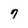
Character: 7